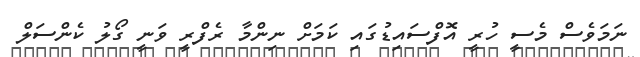
ނަމަވެސް މެސީ ހުރީ އޮފްސައިޑުގައި ކަމަށް ނިންމާ ރެފްރީ ވަނީ ގޯލު ކެންސަލް